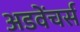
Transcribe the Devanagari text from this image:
अडवेंचर्स